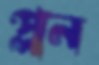
প্লন